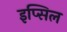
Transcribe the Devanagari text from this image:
इप्सिल